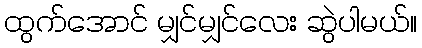
ထွက်အောင် မျှင်မျှင်လေး ဆွဲပါမယ်။